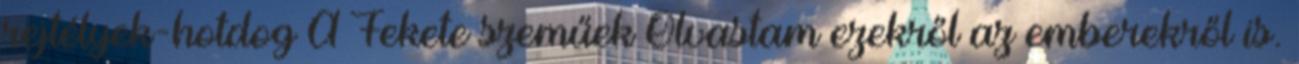
rejtélyek-hotdog A Fekete szeműek Olvastam ezekről az emberekről is.